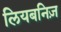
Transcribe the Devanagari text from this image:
लियबनिज़